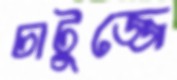
চাটুজ্জে